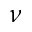
\nu